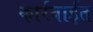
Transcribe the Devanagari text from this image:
कार्रवाईत